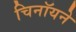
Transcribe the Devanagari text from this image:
चिनॉयने